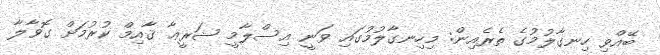
ބޭއްވި ހިނގާލުމުގެ ތެރެއިން: މިހިނގާލުމުގައި ވަނީ އިސްލާމީ ޝަރީޢާ ޤާއިމް ކުރުމަށް ގޮވާލާ